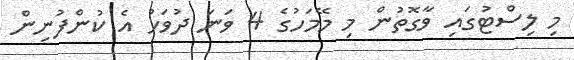
މި ލިސްޓުގައި ވާގޮތުން މި މޭމަހުގެ 4 ވަނަ ދުވަހު އެ ކުންފުނިން